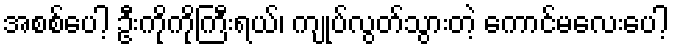
အစစ်ပေါ့ ဦးကိုကိုကြီးရယ်၊ ကျုပ်လွတ်သွားတဲ့ ကောင်မလေးပေါ့